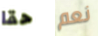
حقا نعم